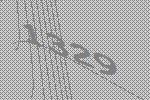
1329